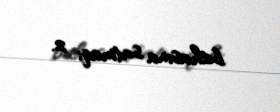
bahasına satmaq; 2.